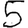
Digit: 5